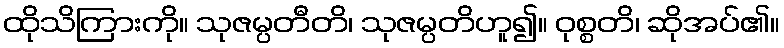
ထိုသိကြားကို။ သုဇမ္ပတီတိ၊ သုဇမ္ပတိဟူ၍။ ဝုစ္စတိ၊ ဆိုအပ်၏။